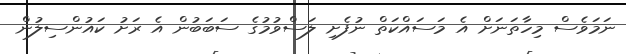
ނަމަވެސް މިހާތަނަށް އެ މަސައްކަތް ނުފެށި ލަސްވުމުގެ ސަބަބުން އެ ރަށު ކައުންސިލުން